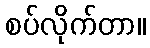
စပ်လိုက်တာ။